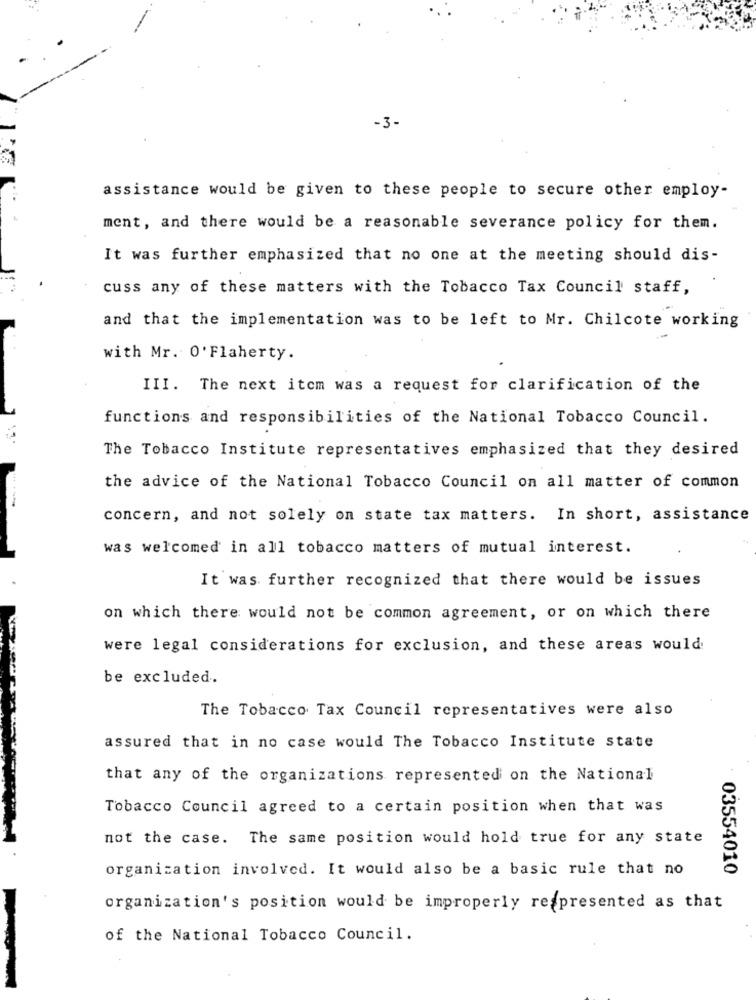
-3-
assistance would be given to these people to secure other employ-
ment, and there would be a reasonable severance policy for them.
It was further emphasized that no one at the meeting should dis-
cuss any of these matters with the Tobacco Tax Council staff,
and that the implementation was to be left to Mr. Chilcote working
with Mr. O' Flaherty.
III. The next item was a request for clarification of the
functions and responsibilities of the National Tobacco Council.
The Tobacco Institute representatives emphasized that they desired
the advice of the National Tobacco Council on all matter of common
concern, and not solely on state tax matters. In short, assistance
was welcomed in all tobacco matters of mutual interest.
It was further recognized that there would be issues
on which there would not be common agreement, or on which there
were legal considerations for exclusion, and these areas would
be excluded.
The Tobacco Tax Council representatives were also
assured that in no case would The Tobacco Institute state
that any of the organizations represented on the National
Tobacco Council agreed to a certain position when that was
not the case. The same position would hold true for any state
organization involved. It would also be a basic rule that no
03554010
organization's position would be improperly represented as that
of the National Tobacco Council.